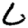
Digit: 6